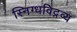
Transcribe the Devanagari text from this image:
स्निग्धविद्रव्य